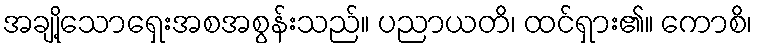
အချို့သောရှေးအစအစွန်းသည်။ ပညာယတိ၊ ထင်ရှား၏။ ကောစိ၊